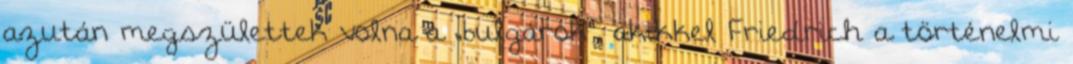
azután megszülettek volna a „bulgárok", akikkel Friedrich a történelmi